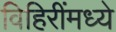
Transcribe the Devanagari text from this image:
विहिरींमध्ये